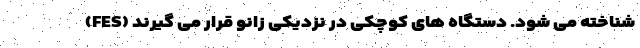
(FES) شناخته می شود. دستگاه های کوچکی در نزدیکی زانو قرار می گیرند